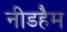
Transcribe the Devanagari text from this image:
नीडहैम